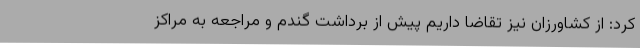
کرد: از کشاورزان نیز تقاضا داریم پیش از برداشت گندم و مراجعه به مراکز